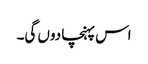
اس پہنچا دوں گی۔